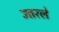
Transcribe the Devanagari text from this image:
उत्तरले